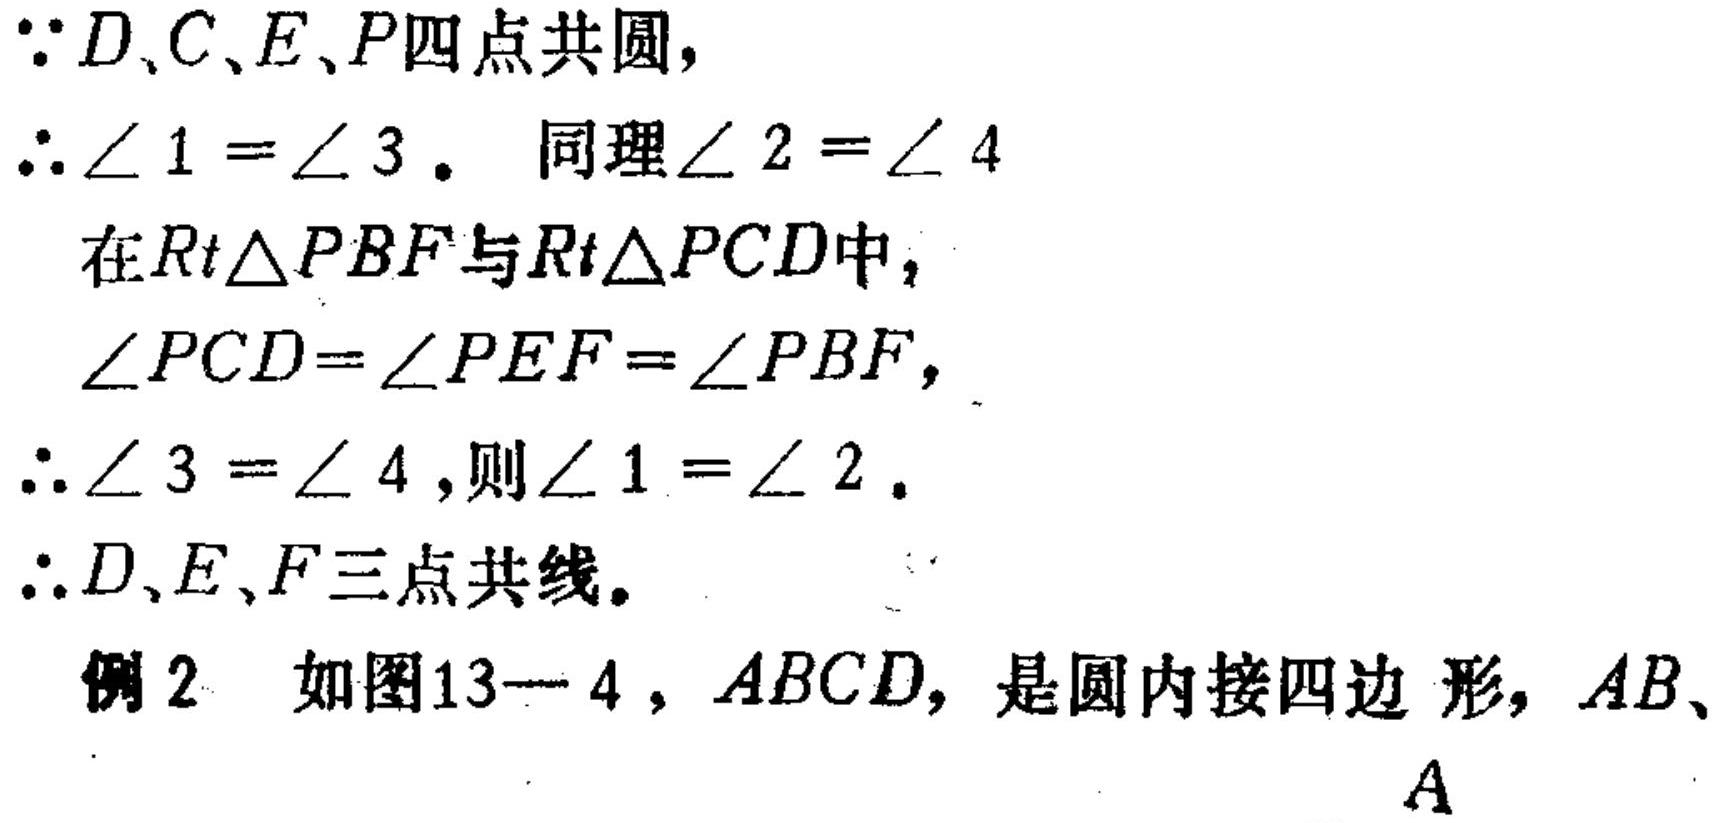
\(\because D、C、E、P\)四点共圆，
\(\therefore \angle 1 = \angle 3\)。 同理\(\angle 2 = \angle 4\)
在\(Rt\triangle PBF\)与\(Rt\triangle PCD\)中，
\(\angle PCD = \angle PEF = \angle PBF\)，
\(\therefore \angle 3 = \angle 4\)，则\(\angle 1 = \angle 2\)。
\(\therefore D、E、F\)三点共线。

例2 如图13—4，\(ABCD\)，是圆内接四边形，\(AB\)、
\(A\)